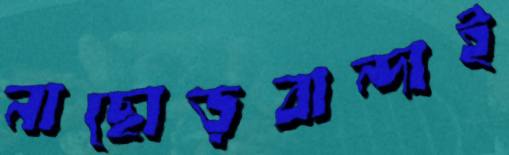
নাছোড়বান্দাই